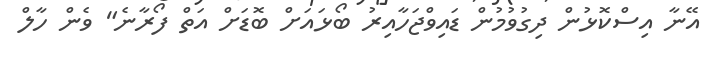
އޭނާ އިސްކޮޅުން ދިގުވުމުން ޑައިވްޖަހާއިރު ބޯޅައަށް ބޮޑަށް އަތް ފޯރާނެ" ވެން ހާލް